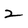
Character: 2